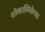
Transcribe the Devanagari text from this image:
शोकात्मिकेच्या